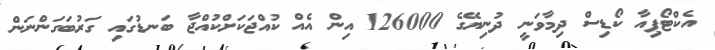
އެކްޓޯޕިއާ ކޯޑިސް ދިމާވަނީ ދުނިޔޭގެ 126000 އިން އެއް ކުއްޖަކަށްކުއްޖާ ބަނޑުގައި ގަރުބަގަންނަން